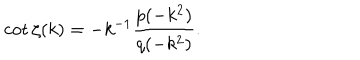
\cot \zeta ( k ) = - k ^ { - 1 } \frac { p ( - k ^ { 2 } ) } { q ( - k ^ { 2 } ) } .